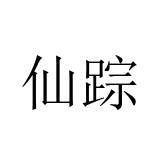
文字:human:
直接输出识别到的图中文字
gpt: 仙踪